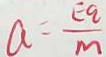
a = \frac { E q } { m }